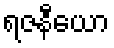
ရဇနီယော